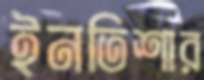
ইনতিশার